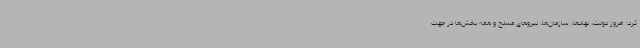
کرد: امروز دولت، نهادها، سازمان‌ها، نیروهای مسلح و همه بخش‌ها در جهت